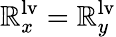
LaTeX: \mathbb{R}_{x}^{\mathrm{{{lv}}}}=\mathbb{R}_{y}^{\mathrm{{{lv}}}}